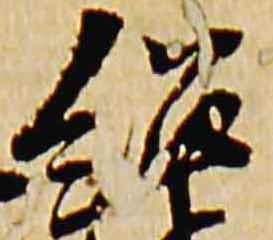
紹